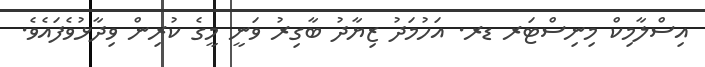
އިސްލާމިކް މިނިސްޓަރ ޑރ. އަހުމަދު ޒިޔާދު ބާގިރުު ވަނީ މީގެ ކުރިން ވިދާޅުވެފައެވެ.